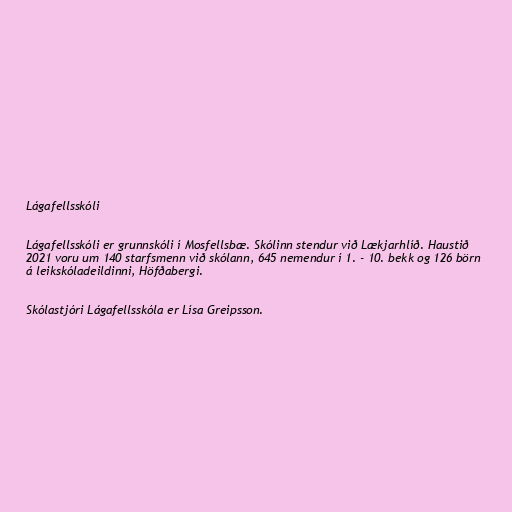
Lágafellsskóli

Lágafellsskóli er grunnskóli í Mosfellsbæ. Skólinn stendur við Lækjarhlíð. Haustið
2021 voru um 140 starfsmenn við skólann, 645 nemendur í 1. - 10. bekk og 126 börn
á leikskóladeildinni, Höfðabergi.

Skólastjóri Lágafellsskóla er Lísa Greipsson.